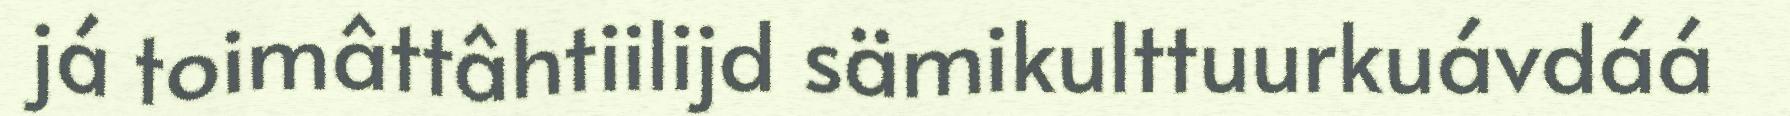
já toimâttâhtiilijd sämikulttuurkuávdáá